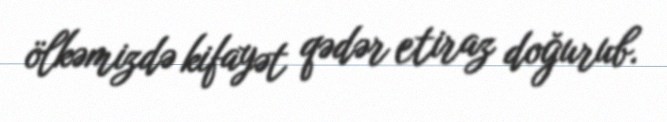
ölkəmizdə kifayət qədər etiraz doğurub.